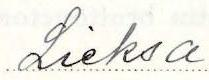
Lieksa